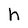
Character: h